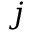
j